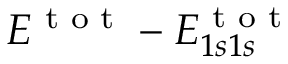
E ^ { \textrm { t o t } } - E _ { 1 s 1 s } ^ { \textrm { t o t } }